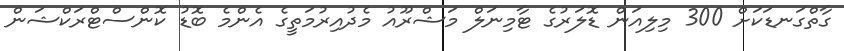
ގާތްގަނޑަކަށް 300 މިލިއަން ޑޮލަރުގެ ޓާމިނަލް މަޝްރޫއު މެދުއިރުމަތީގެ އެންމެ ބޮޑު ކޮންސްޓްރަކްޝަން